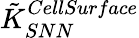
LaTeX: \tilde{K}_{SNN}^{CellSurface}